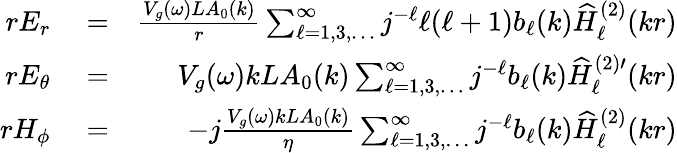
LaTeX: \begin{array}{rlr}{rE_{r}}&{{}=}&{\frac{V_{g}(\omega)LA_{0}(k)}{r}\sum_{\ell=1,3,\dots}^{\infty}j^{-\ell}\ell(\ell+1)b_{\ell}(k)\widehat{H}_{\ell}^{(2)}(kr)}\\ {rE_{\theta}}&{{}=}&{V_{g}(\omega)kLA_{0}(k)\sum_{\ell=1,3,\dots}^{\infty}j^{-\ell}b_{\ell}(k)\widehat{H}_{\ell}^{(2)\prime}(kr)}\\ {rH_{\phi}}&{{}=}&{-j\frac{V_{g}(\omega)kLA_{0}(k)}{\eta}\sum_{\ell=1,3,\dots}^{\infty}j^{-\ell}b_{\ell}(k)\widehat{H}_{\ell}^{(2)}(kr)}\end{array}